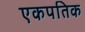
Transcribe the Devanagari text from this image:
एकपतिक